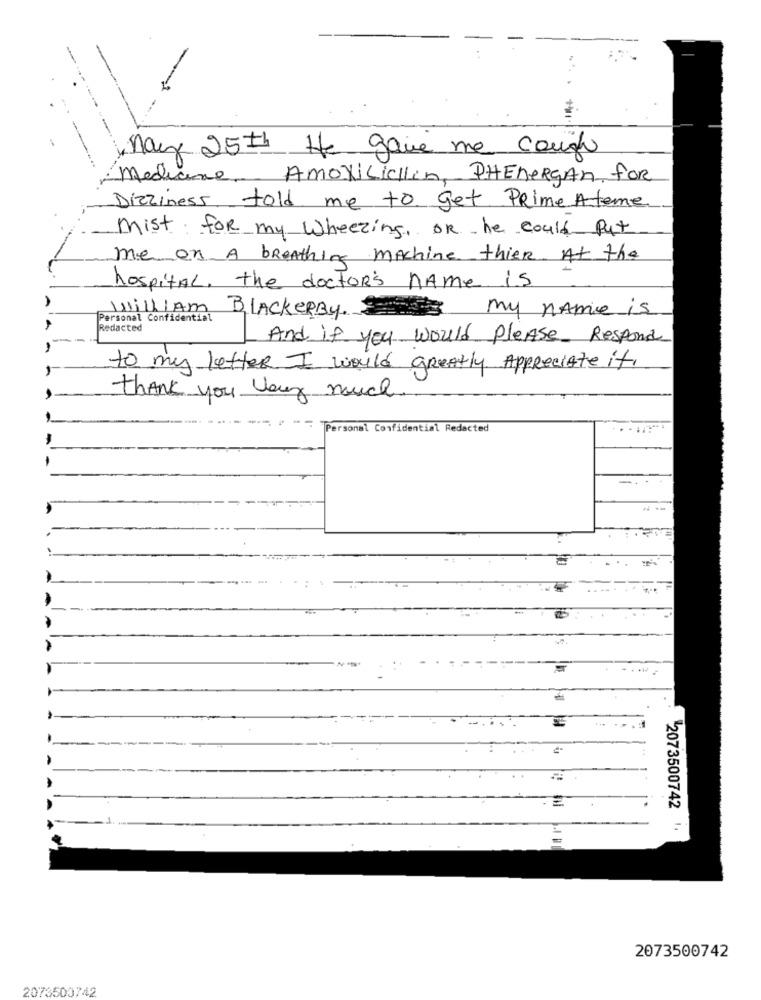
,Max 25th He gave me cough
Medicine Amoxicillin, PHEnergan for
Dizziness told me to get Prime Ateme
mist for my Wheezing, OR he could Put
me on A breathing machine thier At the
hospital, the doctor's name is
my name is
Personal Confidential
William BlackerBy
Redacted
And if you would please Respond
to my letter I would greatly Appreciate if,
thank you very much
Personal Confidential Redacted
-..
--
2073500742
=
2073500742
2073500742